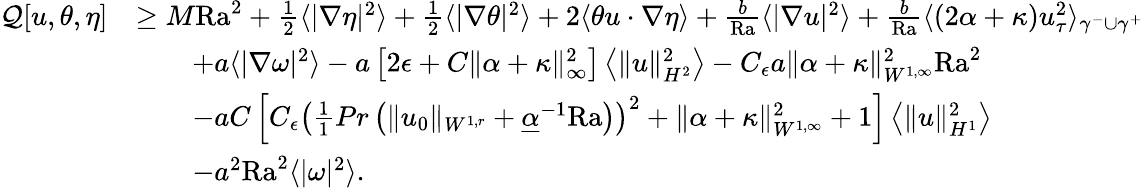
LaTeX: \begin{array}{rl}{\mathcal{Q}[u,\theta,\eta]}&{\geq M\mathrm{{Ra}}^{2}+\frac{1}{2}\langle|\nabla\eta|^{2}\rangle+\frac{1}{2}\langle|\nabla\theta|^{2}\rangle+2\langle\theta u\cdot\nabla\eta\rangle+\frac{b}{{\mathrm{Ra}}}\langle|\nabla u|^{2}\rangle+\frac{b}{\mathrm{{Ra}}}\langle(2\alpha+\kappa)u_{\tau}^{2}\rangle_{\gamma^{-}\cup\gamma^{+}}}\\ &{\qquad+a\langle|\nabla\omega|^{2}\rangle-a\left[2\epsilon+C\| \alpha+\kappa\| _{\infty}^{2}\right]\left\langle\| u\| _{H^{2}}^{2}\right\rangle-C_{\epsilon}a\| \alpha+\kappa\| _{W^{1,\infty}}^{2}{\mathrm{Ra}}^{2}}\\ &{\qquad-aC\left[C_{\epsilon}\left(\frac{1}{1}{{Pr}}\left(\| u_{0}\| _{W^{1,r}}+\underline{{\alpha}}^{-1}{\mathrm{Ra}}\right)\right)^{2}+\| \alpha+\kappa\| _{W^{1,\infty}}^{2}+1\right]\left\langle\| u\| _{H^{1}}^{2}\right\rangle}\\ &{\qquad-a^{2}\mathrm{{Ra}}^{2}\langle|\omega|^{2}\rangle.}\end{array}